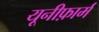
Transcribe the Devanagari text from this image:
यूनीफ़ार्म